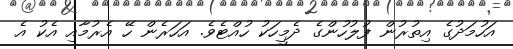
އަހުމަދުގެ އިތުރުން ފުލުހުންގެ ދެމީހަކު ހުއްޓެވެ. އަހަރެން ހޭ އެރުމާއި އެކު އެ